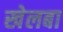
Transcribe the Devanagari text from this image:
खेलबा